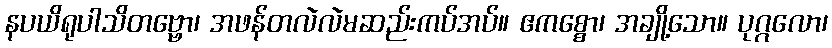
နပယိရုပါသိတဗ္ဗော၊ အဖန်တလဲလဲမဆည်းကပ်အပ်။ ဧကစ္စော၊ အချို့သော။ ပုဂ္ဂလော၊